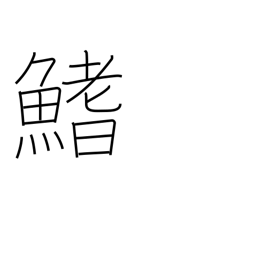
Meaning: fin